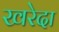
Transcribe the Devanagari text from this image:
खरेदा